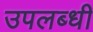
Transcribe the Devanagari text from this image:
उपलब्‍धी